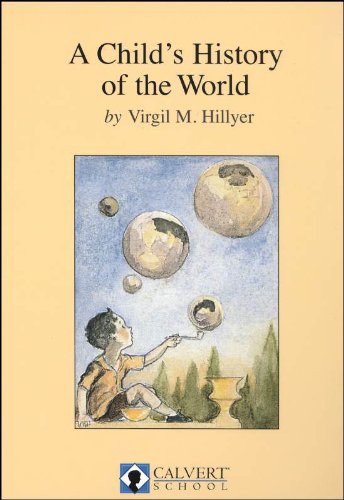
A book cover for A Child's History of the World; Politics & Social Sciences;